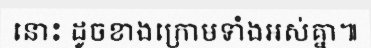
នោះ ដូចខាងក្រោមទាំងអស់គ្នា៕